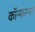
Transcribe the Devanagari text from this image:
कॉन्फरन्सा